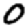
Digit: 0